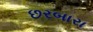
છરબારા